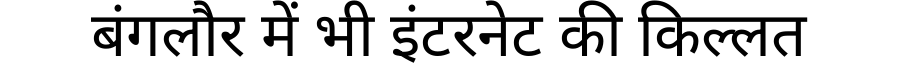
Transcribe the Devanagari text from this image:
बंगलौर में भी इंटरनेट की किल्लत